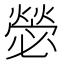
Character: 𭶋